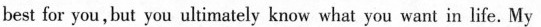
hest for you,hut you ultimately knuw what you want in life. My